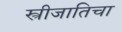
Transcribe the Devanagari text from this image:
स्त्रीजातिचा